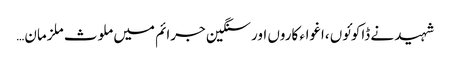
شہید نے ڈاکوئوں ،اغواء کاروں اور سنگین جرائم میں ملوث ملزمان…